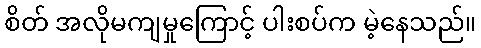
စိတ် အလိုမကျမှုကြောင့် ပါးစပ်က မဲ့နေသည်။